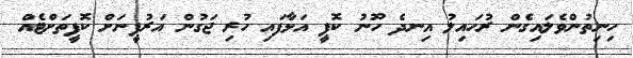
ހިނިތުންވެލައިގެން ރުހައިލު އިނދެ ހޫނު ކޮފީ އަޅާފައި ހުރި ޖަގުން އަރުފީނަށް ކޮފީތަށްޓެއް